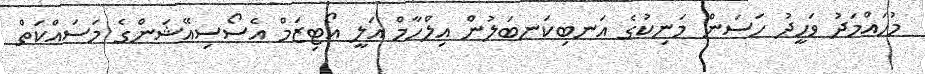
މުހައްމަދު ވަހީދު ހަސަން މަނިކުގެ އަނބިކަނބަލުން އިލްހާމް އަލީ އޯޓިޒަމް އެސޯސިއޭޝަންގެ މަސައްކަތް